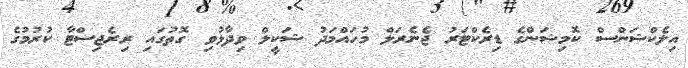
އިލެކްޝަންސް ކޮމިޝަންގެ ޑިރެކްޓަރު ޖެނެރަލް މުހައްމަދު ޝަކީލް ވިދާޅުވި ގޮތުގައި ރިރެޖިސްޓާ ކުރުމުގެ